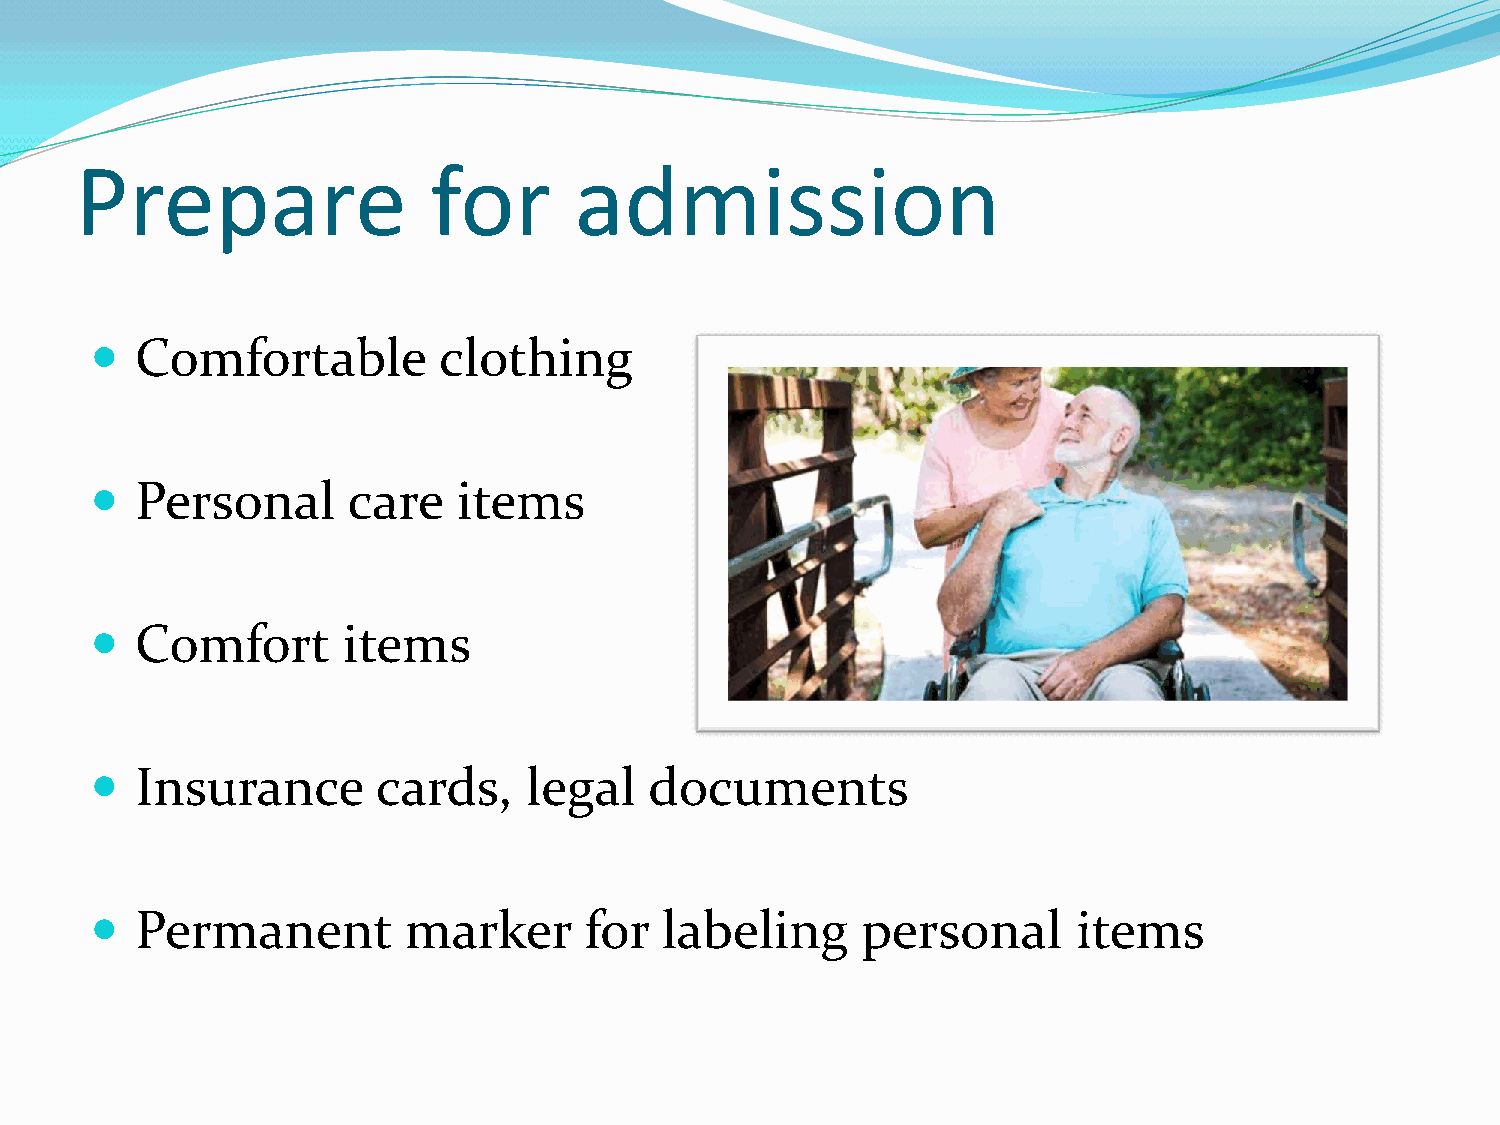
Prepare                for       admission
   Comfortable         clothing
   Personal      care   items
   Comfort       items
   Insurance       cards,    legal   documents
   Permanent         marker      for  labeling     personal      items